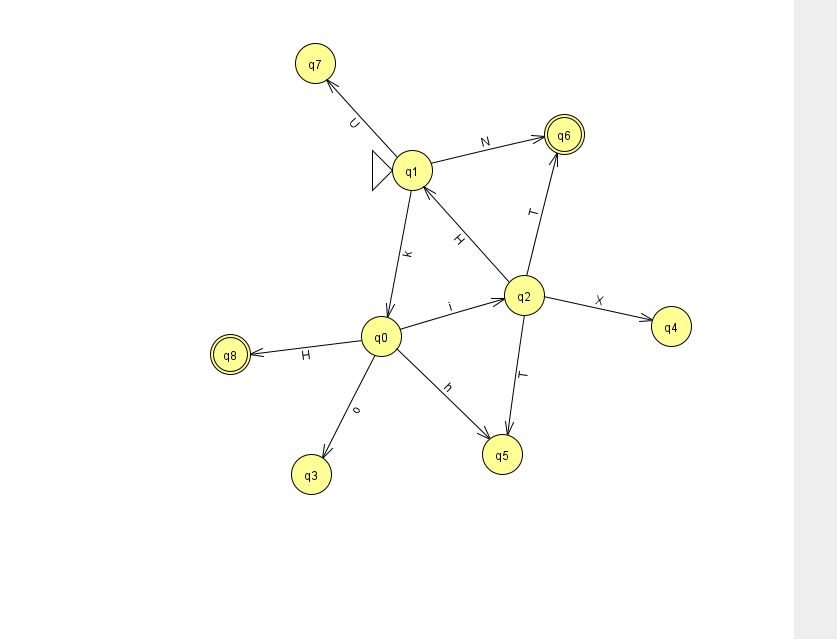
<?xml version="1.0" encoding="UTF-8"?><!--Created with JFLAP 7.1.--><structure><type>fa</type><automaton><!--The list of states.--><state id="0" name="q0"><x>381.0</x><y>323.0</y></state><state id="1" name="q1"><x>412.0</x><y>157.0</y><initial/></state><state id="2" name="q2"><x>524.0</x><y>282.0</y></state><state id="3" name="q3"><x>311.0</x><y>461.0</y></state><state id="4" name="q4"><x>671.0</x><y>313.0</y></state><state id="5" name="q5"><x>502.0</x><y>441.0</y></state><state id="6" name="q6"><x>564.0</x><y>121.0</y><final/></state><state id="7" name="q7"><x>315.0</x><y>50.0</y></state><state id="8" name="q8"><x>230.0</x><y>341.0</y><final/></state><!--The list of transitions.--><transition><from>0</from><to>5</to><read>h</read></transition><transition><from>2</from><to>6</to><read>T</read></transition><transition><from>0</from><to>8</to><read>H</read></transition><transition><from>0</from><to>2</to><read>i</read></transition><transition><from>1</from><to>7</to><read>U</read></transition><transition><from>0</from><to>3</to><read>o</read></transition><transition><from>1</from><to>0</to><read>k</read></transition><transition><from>1</from><to>6</to><read>N</read></transition><transition><from>2</from><to>4</to><read>X</read></transition><transition><from>2</from><to>5</to><read>T</read></transition><transition><from>2</from><to>1</to><read>H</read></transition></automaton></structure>